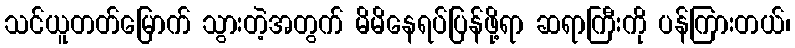
သင်ယူတတ်မြောက် သွားတဲ့အတွက် မိမိနေရပ်ပြန်ဖို့ရာ ဆရာကြီးကို ပန်ကြားတယ်၊